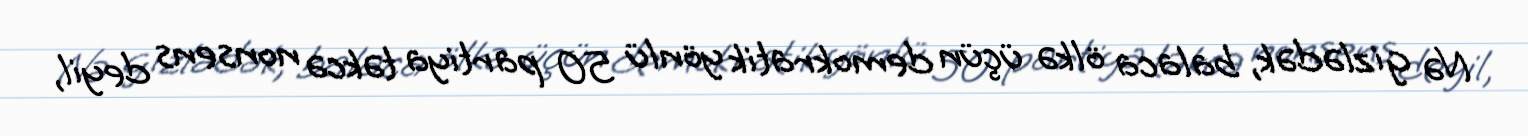
Nə gizlədək, balaca ölkə üçün demokratik yönlü 50 partiya təkcə nonsens deyil,